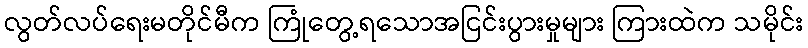
လွတ်လပ်ရေးမတိုင်မီက ကြုံတွေ့ရသောအငြင်းပွားမှုများ ကြားထဲက သမိုင်း